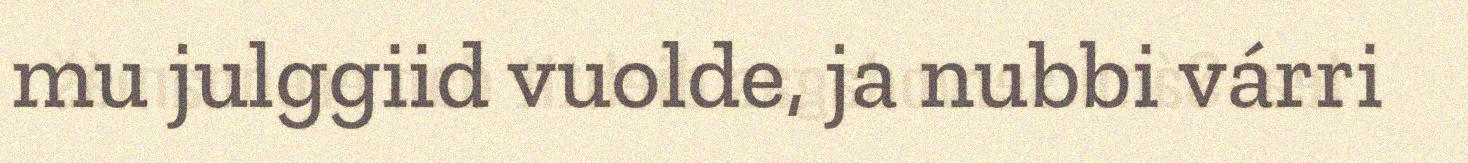
mu julggiid vuolde, ja nubbi várri